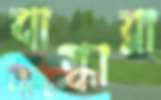
বাগ্ধারা